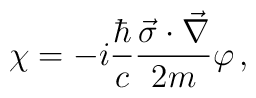
\chi=-i\frac{\hbar}{c}\frac{\vec{\sigma}\cdot\vec{\nabla}}{2m}\varphi\,{,}